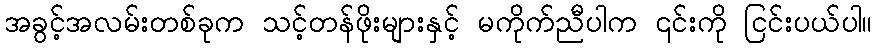
အခွင့်အလမ်းတစ်ခုက သင့်တန်ဖိုးများနှင့် မကိုက်ညီပါက ၎င်းကို ငြင်းပယ်ပါ။